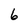
Character: 6